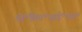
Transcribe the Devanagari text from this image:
बी॰लिव॰आई॰एस॰